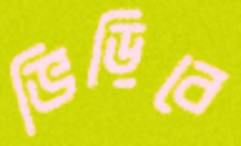
ভিড়িবে